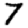
Digit: 7